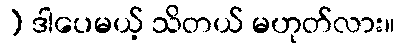
) ဒါပေမယ့် သိတယ် မဟုတ်လား။